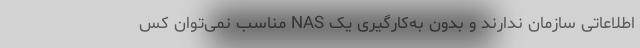
اطلاعاتی سازمان ندارند و بدون به‌کارگیری یک NAS مناسب نمی‌توان کس